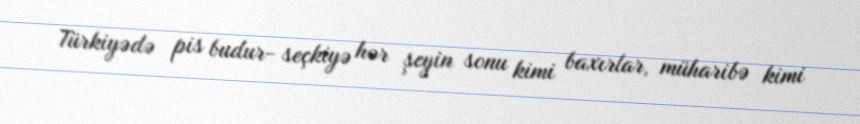
Türkiyədə pis budur- seçkiyə hər şeyin sonu kimi baxırlar, müharibə kimi